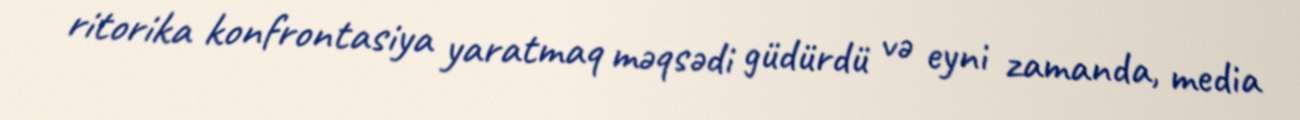
ritorika konfrontasiya yaratmaq məqsədi güdürdü və eyni zamanda, media